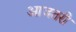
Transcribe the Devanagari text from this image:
आजतरी